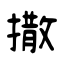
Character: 撒